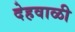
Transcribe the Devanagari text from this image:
देहवाळी